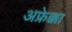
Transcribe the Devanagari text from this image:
अफ्रेक्का